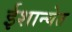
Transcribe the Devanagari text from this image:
ईशान्येत